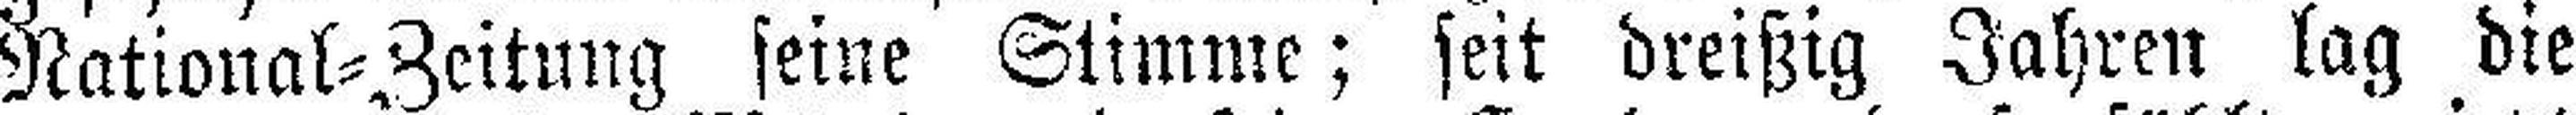
National=Zeitung seine Stimme; seit dreißig Jahren lag die